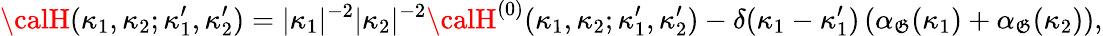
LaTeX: {\calH}(\kappa_{1},\kappa_{2};\kappa_{1}^{\prime},\kappa_{2}^{\prime})=\vert\kappa_{1}\vert^{-2}\vert\kappa_{2}\vert^{-2}{\calH}^{(0)}(\kappa_{1},\kappa_{2};\kappa_{1}^{\prime},\kappa_{2}^{\prime})-\delta(\kappa_{1}-\kappa_{1}^{\prime})\left(\alpha_{\mathfrak{G}}(\kappa_{1})+\alpha_{\mathfrak{G}}(\kappa_{2})\right),